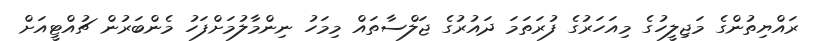
ރައްޔިތުންގެ މަޖިލީހުގެ މިއަހަރުގެ ފުރަތަމަ ދައުރުގެ ޖަލްސާތައް މިމަހު ނިންމާލުމަށްފަހު މެންބަރުން ޗުއްޓީއަށް